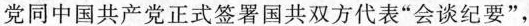
党同中国共产党正式签署国共双方代表”会谈纪要”，